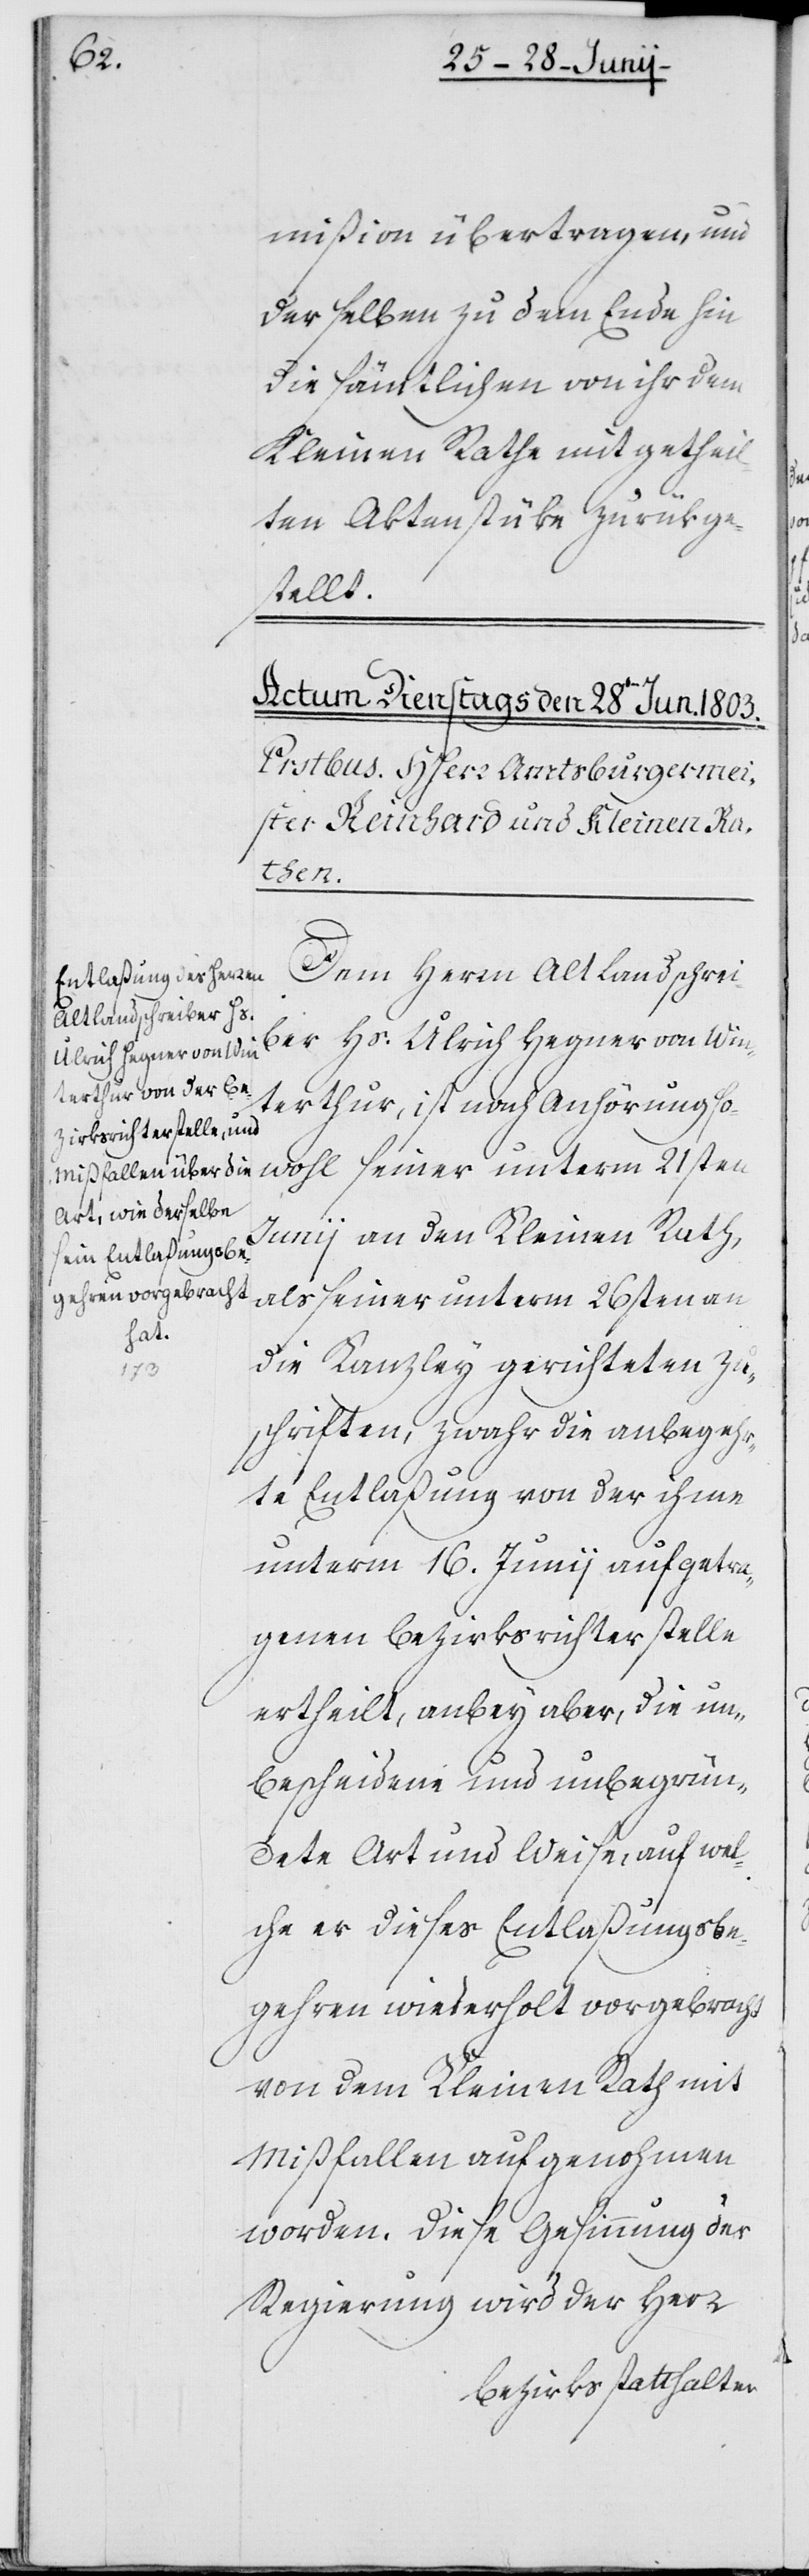
mißion übertragen, und
derselben zu dem Ende hin
die sämtlichen von ihr dem
Kleinen Rathe mitgetheil¬
ten Aktenstüke zurükge¬
stellt.
Dem Herrn Alt Landschrei¬
ber Hs. Ulrich Hegner von Win¬
terthur, ist nach Anhörung so¬
wohl seiner unterm 21sten
Junii an den Kleinen Rath,
als seiner unterm 26sten an
die Kanzley gerichteten Zu¬
schriften, zwahr die anbegehr¬
te Entlaßung von der ihme
unterm 16. Junii aufgetra¬
genen Bezirksrichterstelle
ertheilt, anbey aber, die un¬
bescheidene und unbegrün¬
dete Art und Weise, auf wel¬
che er dieses Entlaßungsbe¬
gehren wiederholt vorgebracht
von dem Kleinen Rath mit
Mißfallen aufgenohmen
worden. Diese Gesinnung der
Regierung wird der Herr